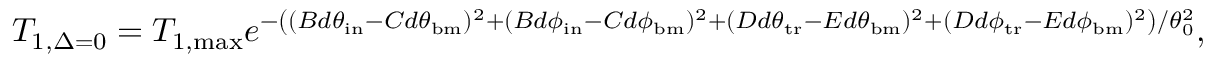
T _ { 1 , \Delta = 0 } = T _ { 1 , \mathrm { m a x } } e ^ { - \left( ( B d \theta _ { \mathrm { i n } } - C d \theta _ { \mathrm { b m } } ) ^ { 2 } + ( B d \phi _ { \mathrm { i n } } - C d \phi _ { \mathrm { b m } } ) ^ { 2 } + ( D d \theta _ { \mathrm { t r } } - E d \theta _ { \mathrm { b m } } ) ^ { 2 } + ( D d \phi _ { \mathrm { t r } } - E d \phi _ { \mathrm { b m } } ) ^ { 2 } \right) / \theta _ { 0 } ^ { 2 } } ,